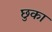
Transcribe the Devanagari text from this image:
छुका